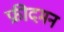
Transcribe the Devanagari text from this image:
फ्रीदमन